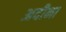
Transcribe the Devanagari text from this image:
अदीना